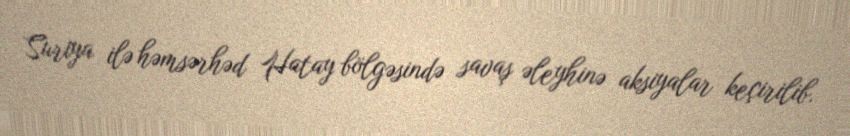
Suriya ilə həmsərhəd Hatay bölgəsində savaş əleyhinə aksiyalar keçirilib.